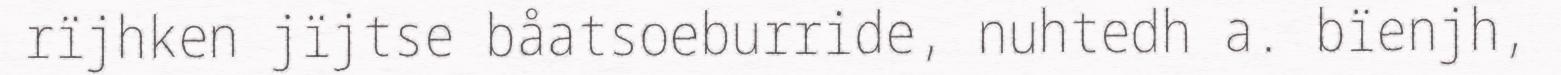
rïjhken jïjtse båatsoeburride, nuhtedh a. bïenjh,